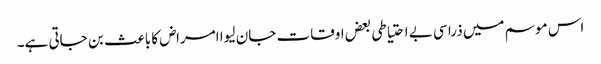
اس موسم میں ذرا سی بے احتیاطی بعض اوقات جان لیوا امراض کا باعث بن جاتی ہے۔